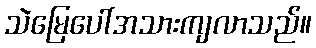
သဲမြေပေါ်အသားကျလာသည်။